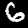
Label: 6